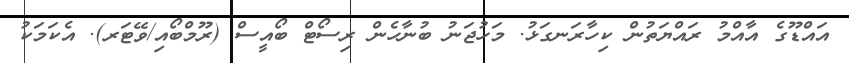
އައްޑޫގެ އާއްމު ރައްޔަތުން ކިހާރަނގަޅު. މަހުޖަނު ބުނާހެން ރިސޯޓް ބޯއީސް (ރޫމްބޯއި/ވޭޓަރ). އެކަމަކު